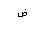
Letter: _dad